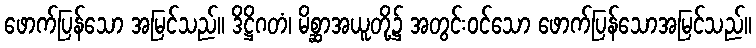
ဖောက်ပြန်သော အမြင်သည်။ ဒိဋ္ဌိဂတံ၊ မိစ္ဆာအယူတို့၌ အတွင်းဝင်သော ဖောက်ပြန်သောအမြင်သည်။